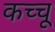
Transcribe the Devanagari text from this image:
कच्चू